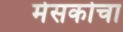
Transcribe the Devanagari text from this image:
मेसकोचा